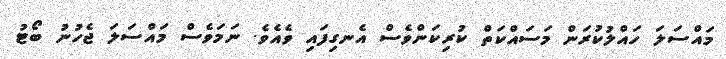
މައްސަލަ ހައްލުކުރަން މަސައްކަތް ކުރިކަންވެސް އެނގިފައި ވެއެވެ. ނަމަވެސް މައްސަލަ ޖެހުނު ބޯޓު